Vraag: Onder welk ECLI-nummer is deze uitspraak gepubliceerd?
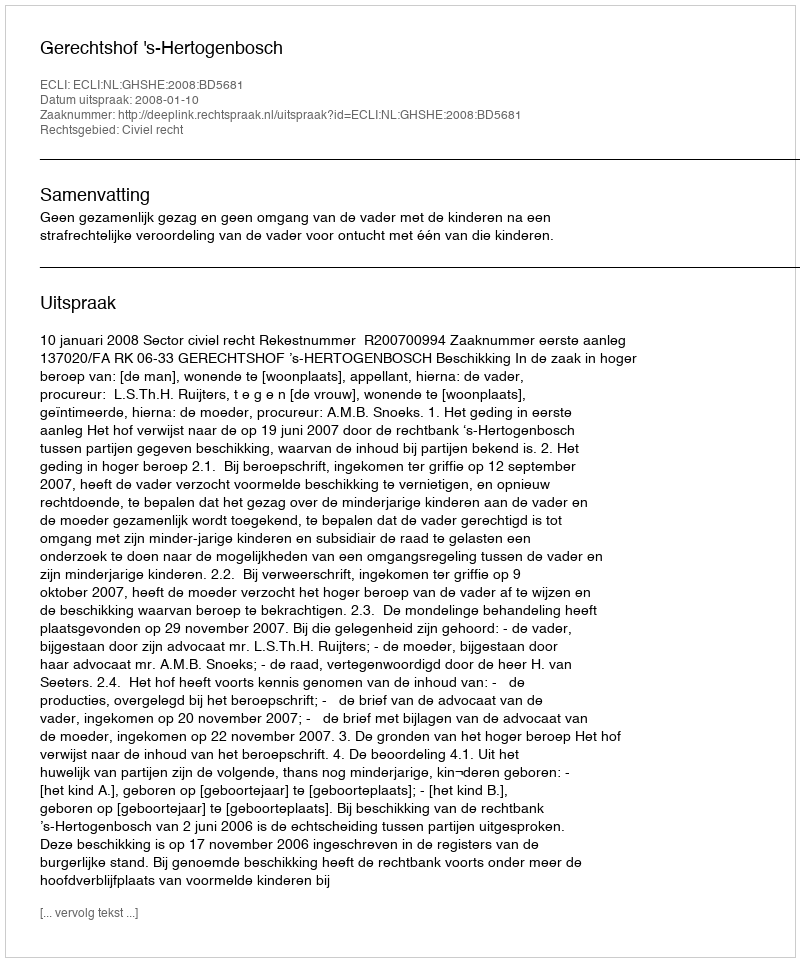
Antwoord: ECLI:NL:GHSHE:2008:BD5681